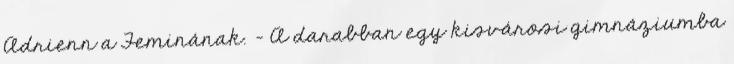
Adrienn a Feminának. - A darabban egy kisvárosi gimnáziumba